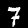
Digit: 7